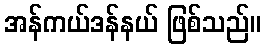
အန်ကယ်ဒန်နယ် ဖြစ်သည်။